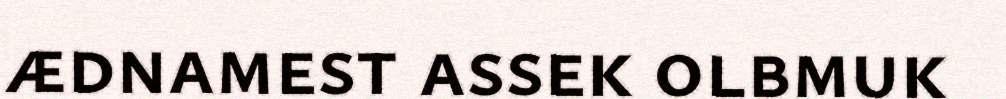
ædnamest assek olbmuk